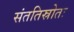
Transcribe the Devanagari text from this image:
संततिस्रोतः